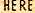
HERE